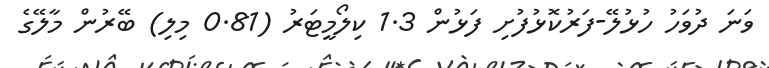
ވަނަ ދުވަހު ހުޅުލޭ-ފަރުކޮޅުފުށި ފަޅުން 1.3 ކިލޯމީޓަރު (0.81 މިލި) ބޭރުން މާލޭގެ